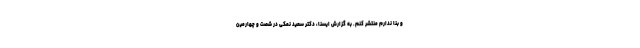
و بنا ندارم منتشر کنم. به گزارش ایسنا، دکتر سعید نمکی در شصت و چهارمین